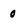
Character: 0